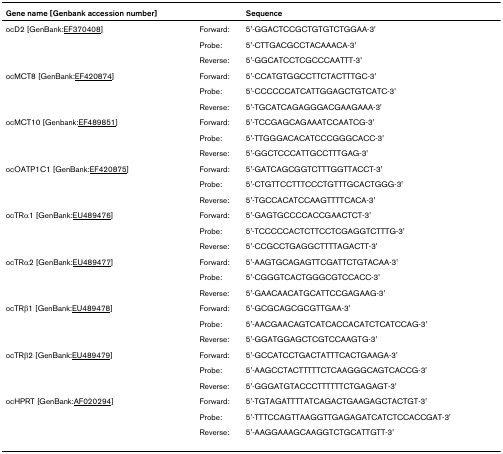
<table><thead><tr><td><b>Gene name [Genbank accession number]</b></td><td></td><td><b>Sequence</b></td></tr></thead><tbody><tr><td>ocD2 [GenBank:EF370408]</td><td>Forward:</td><td>5&#x27;-GGACTCCGCTGTGTCTGGAA-3&#x27;</td></tr><tr><td></td><td>Probe:</td><td>5&#x27;-CTTGACGCCTACAAACA-3&#x27;</td></tr><tr><td></td><td>Reverse:</td><td>5&#x27;-GGCATCCTCGCCCAATTT-3&#x27;</td></tr><tr><td>ocMCT8 [GenBank:EF420874]</td><td>Forward:</td><td>5&#x27;-CCATGTGGCCTTCTACTTTGC-3&#x27;</td></tr><tr><td></td><td>Probe:</td><td>5&#x27;-CCCCCCATCATTGGAGCTGTCATC-3&#x27;</td></tr><tr><td></td><td>Reverse:</td><td>5&#x27;-TGCATCAGAGGGACGAAGAAA-3&#x27;</td></tr><tr><td>ocMCT10 [Genbank:EF489851]</td><td>Forward:</td><td>5&#x27;-TCCGAGCAGAAATCCAATCG-3&#x27;</td></tr><tr><td></td><td>Probe:</td><td>5&#x27;-TTGGGACACATCCCGGGCACC-3&#x27;</td></tr><tr><td></td><td>Reverse:</td><td>5&#x27;-GGCTCCCATTGCCTTTGAG-3&#x27;</td></tr><tr><td>ocOATP1C1 [GenBank:EF420875]</td><td>Forward:</td><td>5&#x27;-GATCAGCGGTCTTTGGTTACCT-3&#x27;</td></tr><tr><td></td><td>Probe:</td><td>5&#x27;-CTGTTCCTTTCCCTGTTTGCACTGGG-3&#x27;</td></tr><tr><td></td><td>Reverse:</td><td>5&#x27;-TGCCACATCCAAGTTTTCACA-3&#x27;</td></tr><tr><td>ocTRα1 [GenBank:EU489476]</td><td>Forward:</td><td>5&#x27;-GAGTGCCCCACCGAACTCT-3&#x27;</td></tr><tr><td></td><td>Probe:</td><td>5&#x27;-TCCCCCACTCTTCCTCGAGGTCTTTG-3&#x27;</td></tr><tr><td></td><td>Reverse:</td><td>5&#x27;-CCGCCTGAGGCTTTTAGACTT-3&#x27;</td></tr><tr><td>ocTRα2 [GenBank:EU489477]</td><td>Forward:</td><td>5&#x27;-AAGTGCAGAGTTCGATTCTGTACAA-3&#x27;</td></tr><tr><td></td><td>Probe:</td><td>5&#x27;-CGGGTCACTGGGCGTCCACC-3&#x27;</td></tr><tr><td></td><td>Reverse:</td><td>5&#x27;-GAACAACATGCATTCCGAGAAG-3&#x27;</td></tr><tr><td>ocTRβ1 [GenBank:EU489478]</td><td>Forward:</td><td>5&#x27;-GCGCAGCGCGTTGAA-3&#x27;</td></tr><tr><td></td><td>Probe:</td><td>5&#x27;-AACGAACAGTCATCACCACATCTCATCCAG-3&#x27;</td></tr><tr><td></td><td>Reverse:</td><td>5&#x27;-GGATGGAGCTCGTCCAAGTG-3&#x27;</td></tr><tr><td>ocTRβ2 [GenBank:EU489479]</td><td>Forward:</td><td>5&#x27;-GCCATCCTGACTATTTCACTGAAGA-3&#x27;</td></tr><tr><td></td><td>Probe:</td><td>5&#x27;-AAGCCTACTTTTTCTCAAGGGCAGTCACCG-3&#x27;</td></tr><tr><td></td><td>Reverse:</td><td>5&#x27;-GGGATGTACCCTTTTTTCTGAGAGT-3&#x27;</td></tr><tr><td>ocHPRT [GenBank:AF020294]</td><td>Forward:</td><td>5&#x27;-TGTAGATTTTATCAGACTGAAGAGCTACTGT-3&#x27;</td></tr><tr><td></td><td>Probe:</td><td>5&#x27;-TTTCCAGTTAAGGTTGAGAGATCATCTCCACCGAT-3&#x27;</td></tr><tr><td></td><td>Reverse:</td><td>5&#x27;-AAGGAAAGCAAGGTCTGCATTGTT-3&#x27;</td></tr></tbody></table>